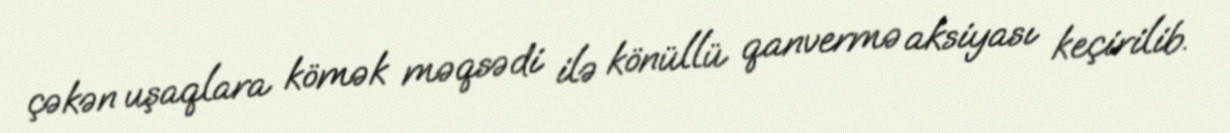
çəkən uşaqlara kömək məqsədi ilə könüllü qanvermə aksiyası keçirilib.